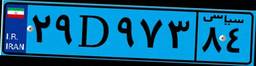
۲۹D۹۷۳۸۴